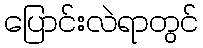
ပြောင်းလဲရာတွင်